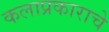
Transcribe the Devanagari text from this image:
कलाप्रकाराचे